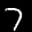
Label: 7